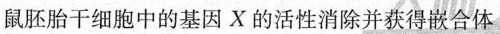
鼠胚胎干细胞中的基因X的活性消除并获得嵌合体